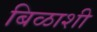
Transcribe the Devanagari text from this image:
बिळाशी